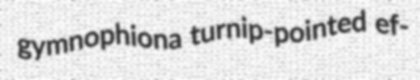
gymnophiona turnip-pointed ef-